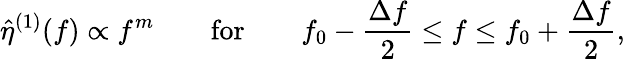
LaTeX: \hat{\eta}^{(1)}(f)\propto f^{m}\qquad\mathrm{for}\qquad f_{0}-\frac{\Delta f}{2}\leq f\leq f_{0}+\frac{\Delta f}{2},